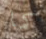
كما